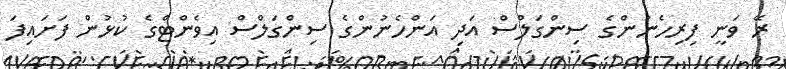
ރޭ ވަނީ ފިރިހެނުންގެ ސިންގަލްސް އަދި އަންހެނުންގެ ސިންގަލްސް އިވެންޓްގެ ކުޅުން ފަށައިފަ